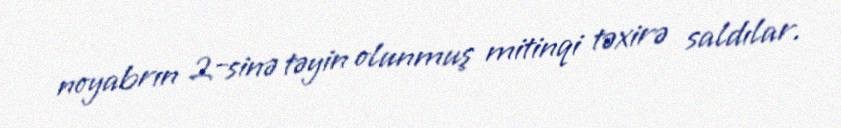
noyabrın 2-sinə təyin olunmuş mitinqi təxirə saldılar.